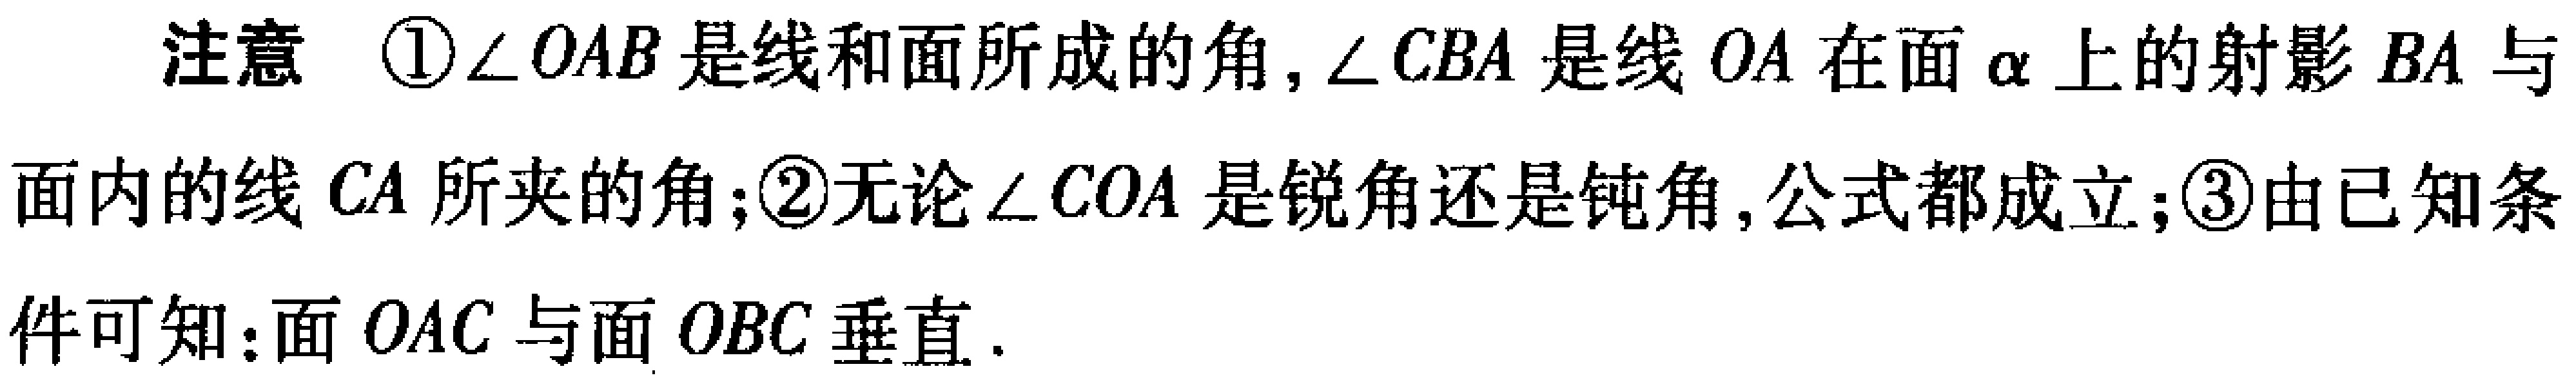
注意 \textcircled{1}$\angle OAB$是线和面所成的角，$\angle CBA$是线$OA$在面$\alpha$上的射影$BA$与面内的线$CA$所夹的角；\textcircled{2}无论$\angle COA$是锐角还是钝角，公式都成立；\textcircled{3}由已知条件可知：面$OAC$与面$OBC$垂直.